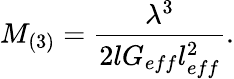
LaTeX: M_{(3)}=\frac{\lambda^{3}}{2lG_{eff}l_{eff}^{2}}.